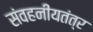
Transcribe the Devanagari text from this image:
संवहनीयतंत्र